Vaccination in Burma 1889-1999 - 1889-1999
Year: 1889
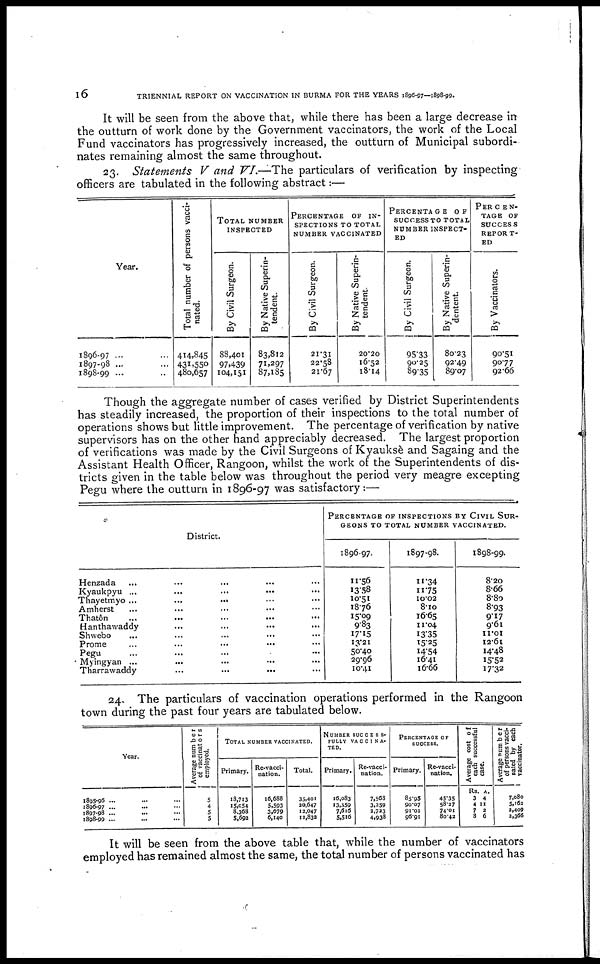
16
TRIENNIAL REPORT ON VACCINATION IN BURMA FOR THE YEARS 1896-97—1898-99.
It will be seen from the above that, while there has been a large decrease in
the outturn of work done by the Government vaccinators, the work of the Local
Fund vaccinators has progressively increased, the outturn of Municipal subordi-
nates remaining almost the same throughout.
23. Statements V and VI.—The particulars of verification by inspecting
officers are tabulated in the following abstract:—
Year.
1896-97 ... ...
1897-98 ... ...
1898-99 ... ...
Total number of persons vacci-
nated.
414,845
431,550
480,657
TOTAL NUMBER
INSPECTED
By Civil Surgeon.
88,401
97,439
104,151
By Native Superin-
tendent.
83,812
71,297
87,185
PERCENTAGE OF IN-
--------- TO TOTAL
NUMBER VACCINATED
By Civil Surgeon.
21.31
22.58
21.67
By Native Superin-
tendent
20.20
16.52
18.14
PERCENTAGE OF
SUCCESS TO TOTAL
NUMBER INSPECT-
ED
By Civil Surgeon.
95.33
90.25
89.35
By Native Superin-
dentent.
80.23
92.49
89.07
PERCEN-
TAGE OF
SUCCESS
REPORT-
ED
By Vaccinators.
90.51
90.77
92.66
Though the aggregate number of cases verified by District Superintendents
has steadily increased, the proportion of their inspections to the total number of
operations shows but little improvement. The percentage of verification by native
supervisors has on the other hand appreciably decreased. The largest proportion
of verifications was made by the Civil Surgeons of Kyaukse and Sagaing and the
Assistant Health Officer, Rangoon, whilst the work of the Superintendents of dis-
tricts given in the table below was throughout the period very meagre excepting
Pegu where the outturn in 1896-97 was satisfactory:—
District.
Henzada
...
...
Kyaukpyu... ...
Thayetmyo... ...
Amherst... ...
Thatôn... ...
Hanthawaddy... ...
Shwebo... ...
Prome... ...
Pegu... ...
Myingyan ... ...
Tharrawaddy...
...
PERCENTAGE OF INSPECTIONS BY CIVIL SUR-
GEONS TO TOTAL NUMBER VACCINATED.
1896-97.
11.56
13.58
10.51
18.76
15.09
9.83
17.15
13.21
50.40
29.96
10.41
1897-98.
11.34
11.75
10.02
8.10
16.65
11.04
13.35
15.25
14.54
16.41
16.66
1898-99.
8.20
8.66
8.80
8.93
9.17
9.61
11.01
12.61
14.48
15.52
17.32